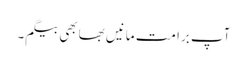
آپ برا مت مانیں بھابھی بیگم۔